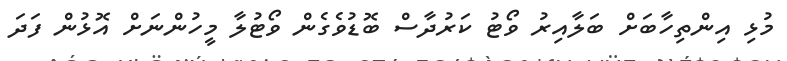
މުޅި އިންތިހާބަށް ބަލާއިރު ވޯޓު ކަރުދާސް ބޮޑުވެގެން ވޯޓުލާ މީހުންނަށް އޮޅުން ފަދަ